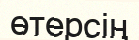
өтерсің